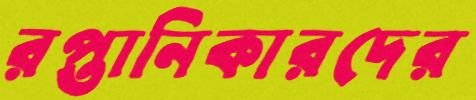
রপ্তানিকারদের